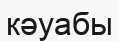
кәуабы